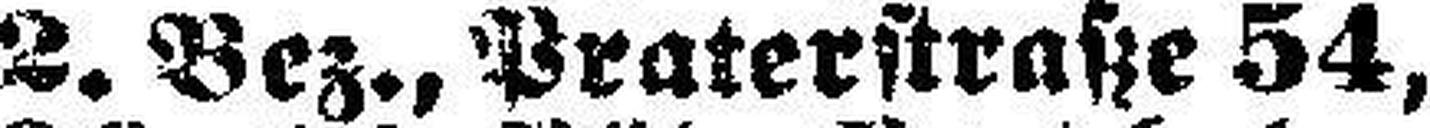
2. Bez., Praterstraße 54,